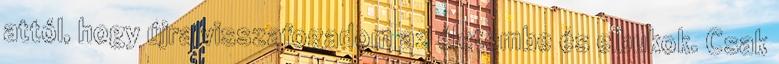
attól, hogy újra visszafogadom az életembe és elbukok. Csak